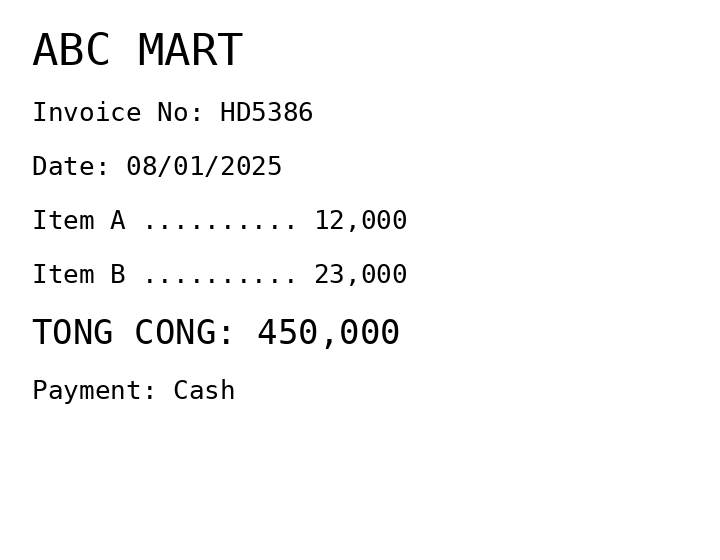
ABC MART
Invoice No: HD5386
Date: 08/01/2025
Item A .......... 12,000
Item B .......... 23,000
TONG CONG: 450,000
Payment: Cash
Merchant: abc mart
Date: 2025-01-08
Total: 450000
Invoice No: HD5386
Payment method: CASH